Scottish Leaving Certificate Examination, 1957
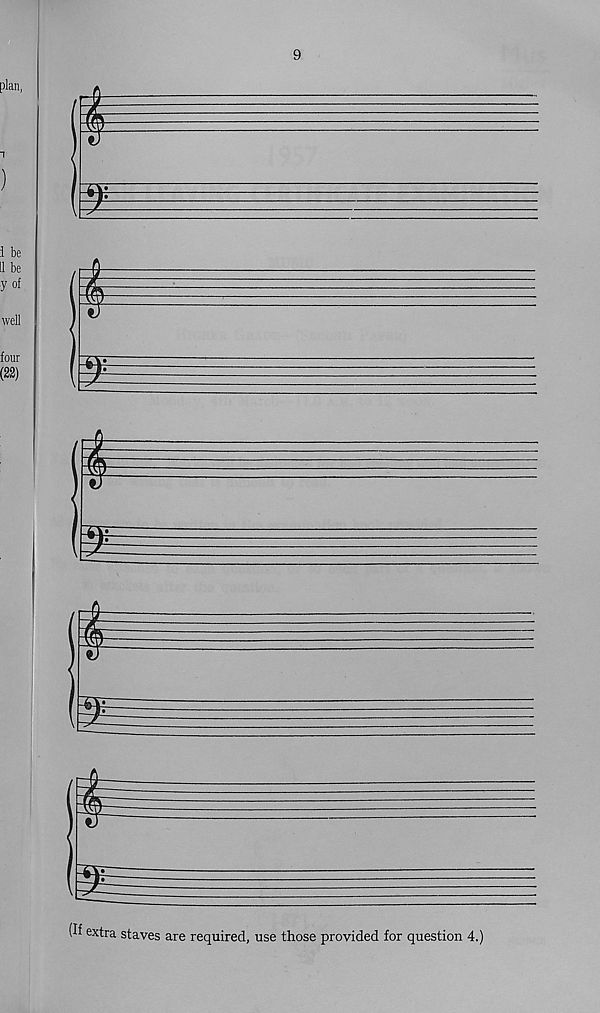
9
plan,
)
I be
II be
y of
well
four
(22)
W
(If extra staves are required, use those provided for question 4.)